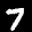
Label: 7